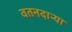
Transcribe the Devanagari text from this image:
वतनदार्‍या